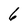
Character: 6